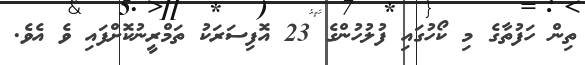
ތިން ހަފުތާގެ މި ކޯހުގައި ފުލުހުންގެ 23 އޮފިސަރަކު ތަމްރީނުކޮށްފައި ވެ އެވެ.